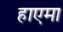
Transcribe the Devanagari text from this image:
हाएमा